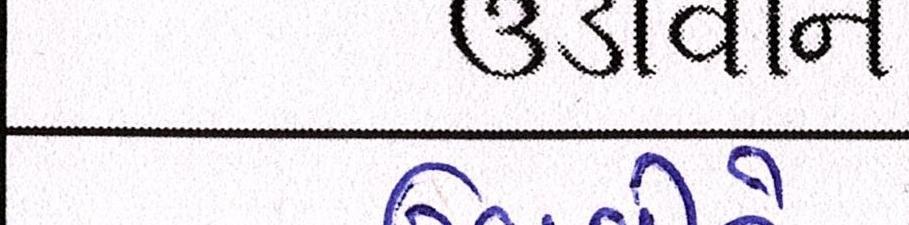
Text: ઉડાવીને